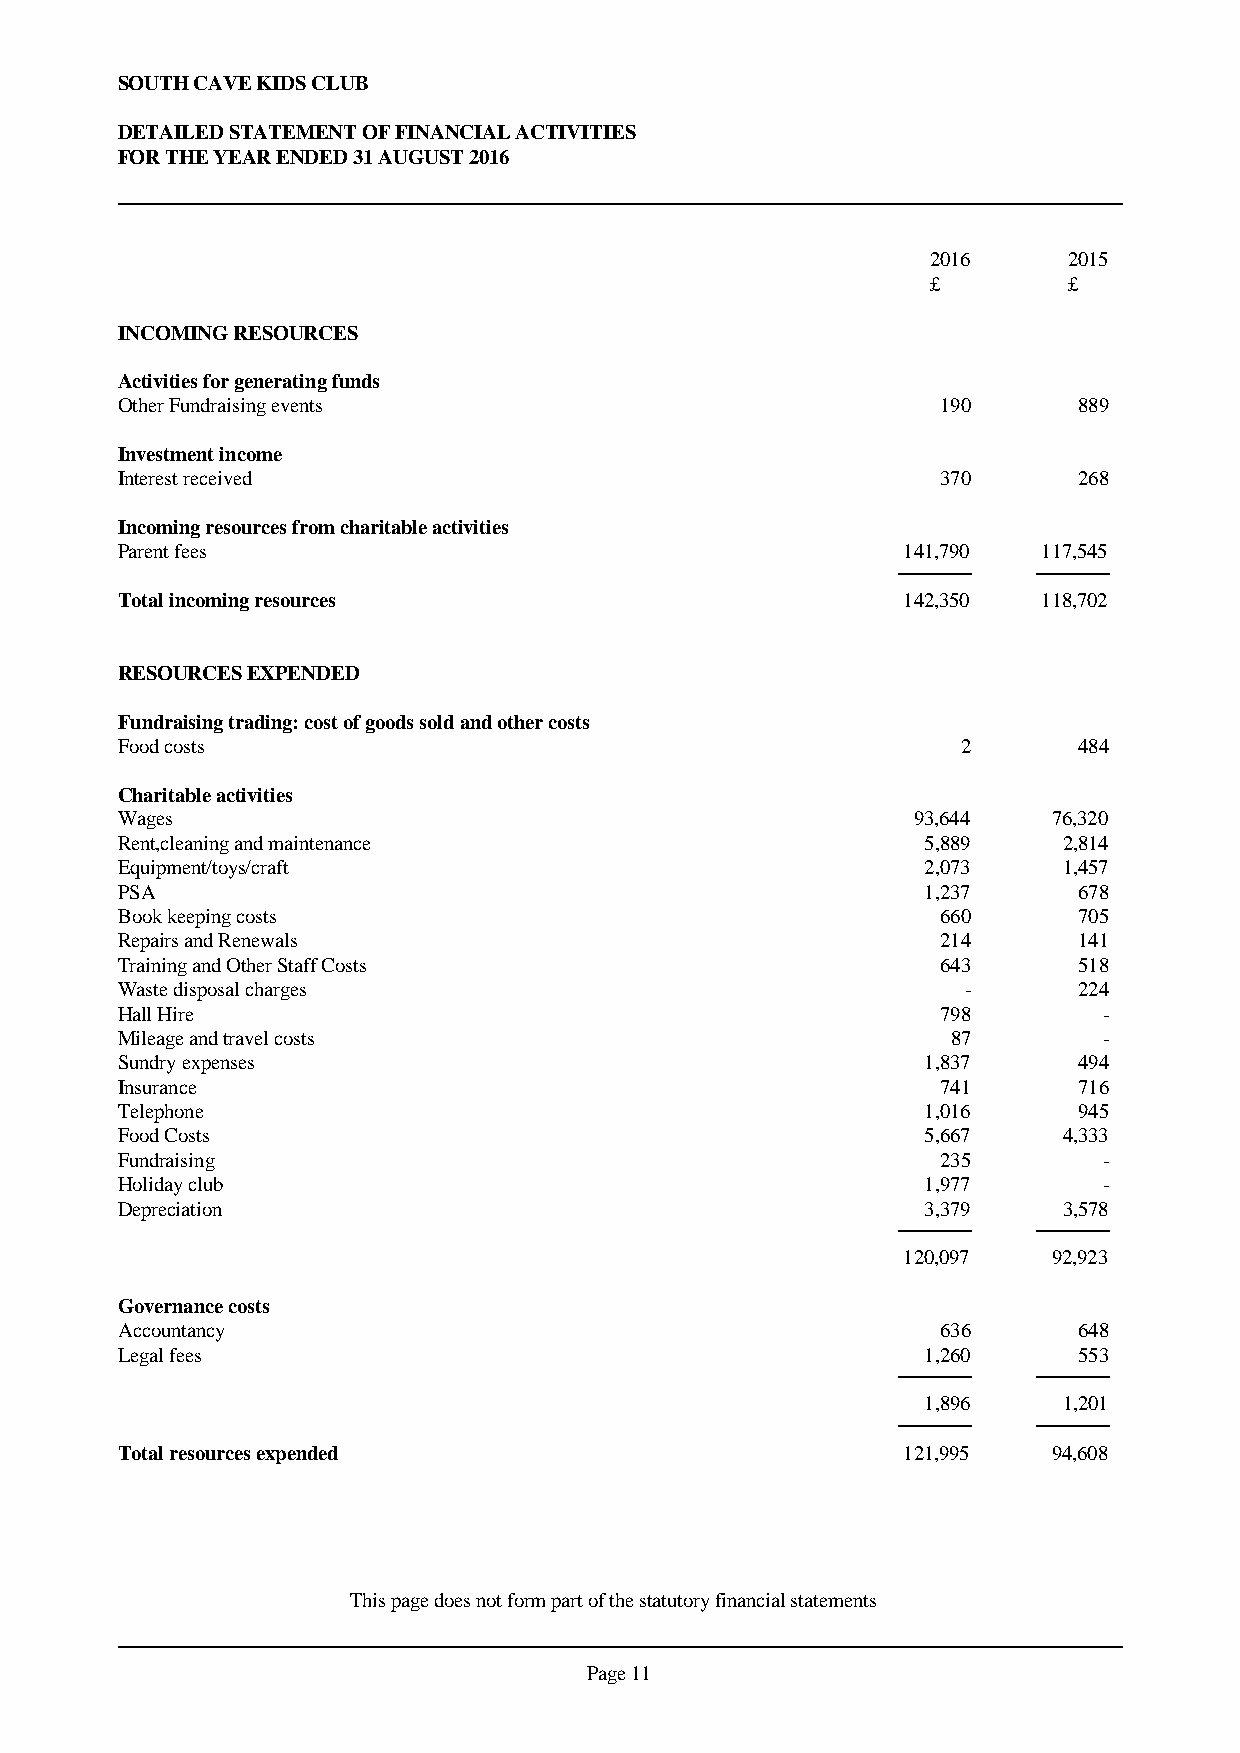
SOUTH CAVE KIDS CLUB
 DETAILED STATEMENT OF FINANCIAL ACTIVITIES
 FOR THE YEAR ENDED 31 AUGUST 2016
 2016     2015
 £        £
 INCOMING RESOURCES
 Activities for generating funds
 Other Fundraising events                              190      889
 Investment income
 Interest received                                     370      268
 Incoming resources from charitable activities
 Parent fees                                         141,790  117,545
 Total incoming resources                            142,350  118,702
 RESOURCES EXPENDED
 Fundraising trading: cost of goods sold and other costs
 Food costs                                              2      484
 Charitable activities
 Wages                                               93,644    76,320
 Rent,cleaning and maintenance                        5,889    2,814
 Equipment/toys/craft                                 2,073    1,457
 PSA                                                  1,237     678
 Book keeping costs                                    660      705
 Repairs and Renewals                                  214      141
 Training and Other Staff Costs                        643      518
 Waste disposal charges                                  -      224
 Hall Hire                                             798        -
 Mileage and travel costs                               87        -
 Sundry expenses                                      1,837     494
 Insurance                                             741      716
 Telephone                                            1,016     945
 Food Costs                                           5,667    4,333
 Fundraising                                           235        -
 Holiday club                                         1,977       -
 Depreciation                                         3,379    3,578
 120,097   92,923
 Governance costs
 Accountancy                                           636      648
 Legal fees                                           1,260     553
 1,896    1,201
 Total resources expended                            121,995   94,608
 This page does not form part of the statutory financial statements
 Page 11